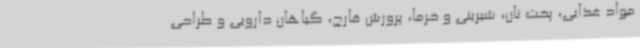
مواد غذایی، پخت نان، شیرینی و خرما، پرورش قارچ، گیاهان دارویی و طراحی